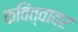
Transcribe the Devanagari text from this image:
कवित्वावर